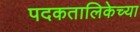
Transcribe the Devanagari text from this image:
पदकतालिकेच्या